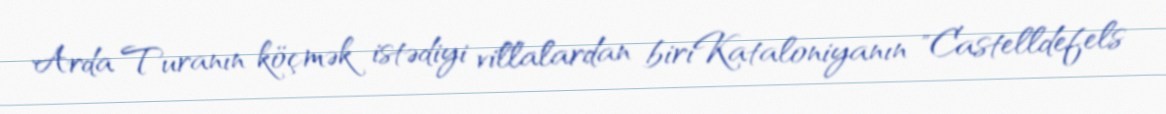
Arda Turanın köçmək istədiyi villalardan biriKataloniyanın "Castelldefels